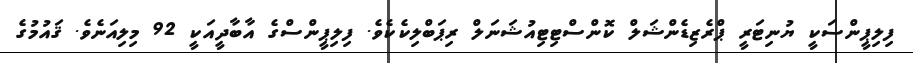
ފިލިޕީންސަކީ ޔުނިޓަރީ ޕްރެޒިޑެންޝަލް ކޮންސްޓިޓިއުޝަނަލް ރިޕަބްލިކެކެވެ. ފިލިޕީންސްގެ އާބާދީއަކީ 92 މިލިއަނެވެ. ޤައުމުގެ